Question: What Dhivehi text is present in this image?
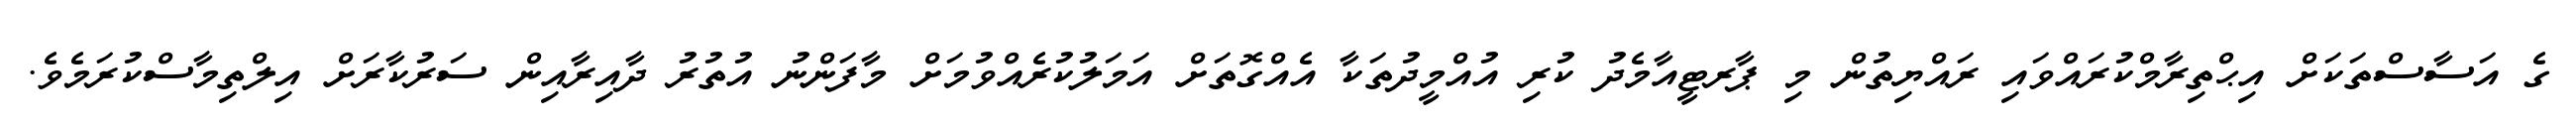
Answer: ގެ އަސާސްތަކަށް އިޙްތިރާމްކުރައްވައި ރައްޔިތުން މި ޕާރޓީއާމެދު ކުރި އުއްމީދުތަކާ އެއްގޮތަށް އަމަލުކުރެއްވުމަށް މާފަންނު އުތުރު ދާއިރާއިން ސަރުކާރަށް އިލްތިމާސްކުރަމެވެ.